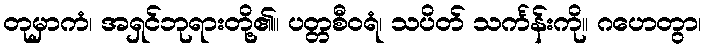
တုမှာကံ၊ အရှင်ဘုရားတို့၏။ ပတ္တစီဝရံ၊ သပိတ် သင်္ကန်းကို။ ဂဟေတွာ၊